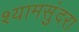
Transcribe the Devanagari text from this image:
श्यामसुंदरा